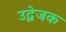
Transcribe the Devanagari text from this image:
उद्वेजक